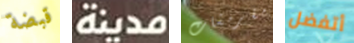
قبضة مدينة مقرمشات أتفضل